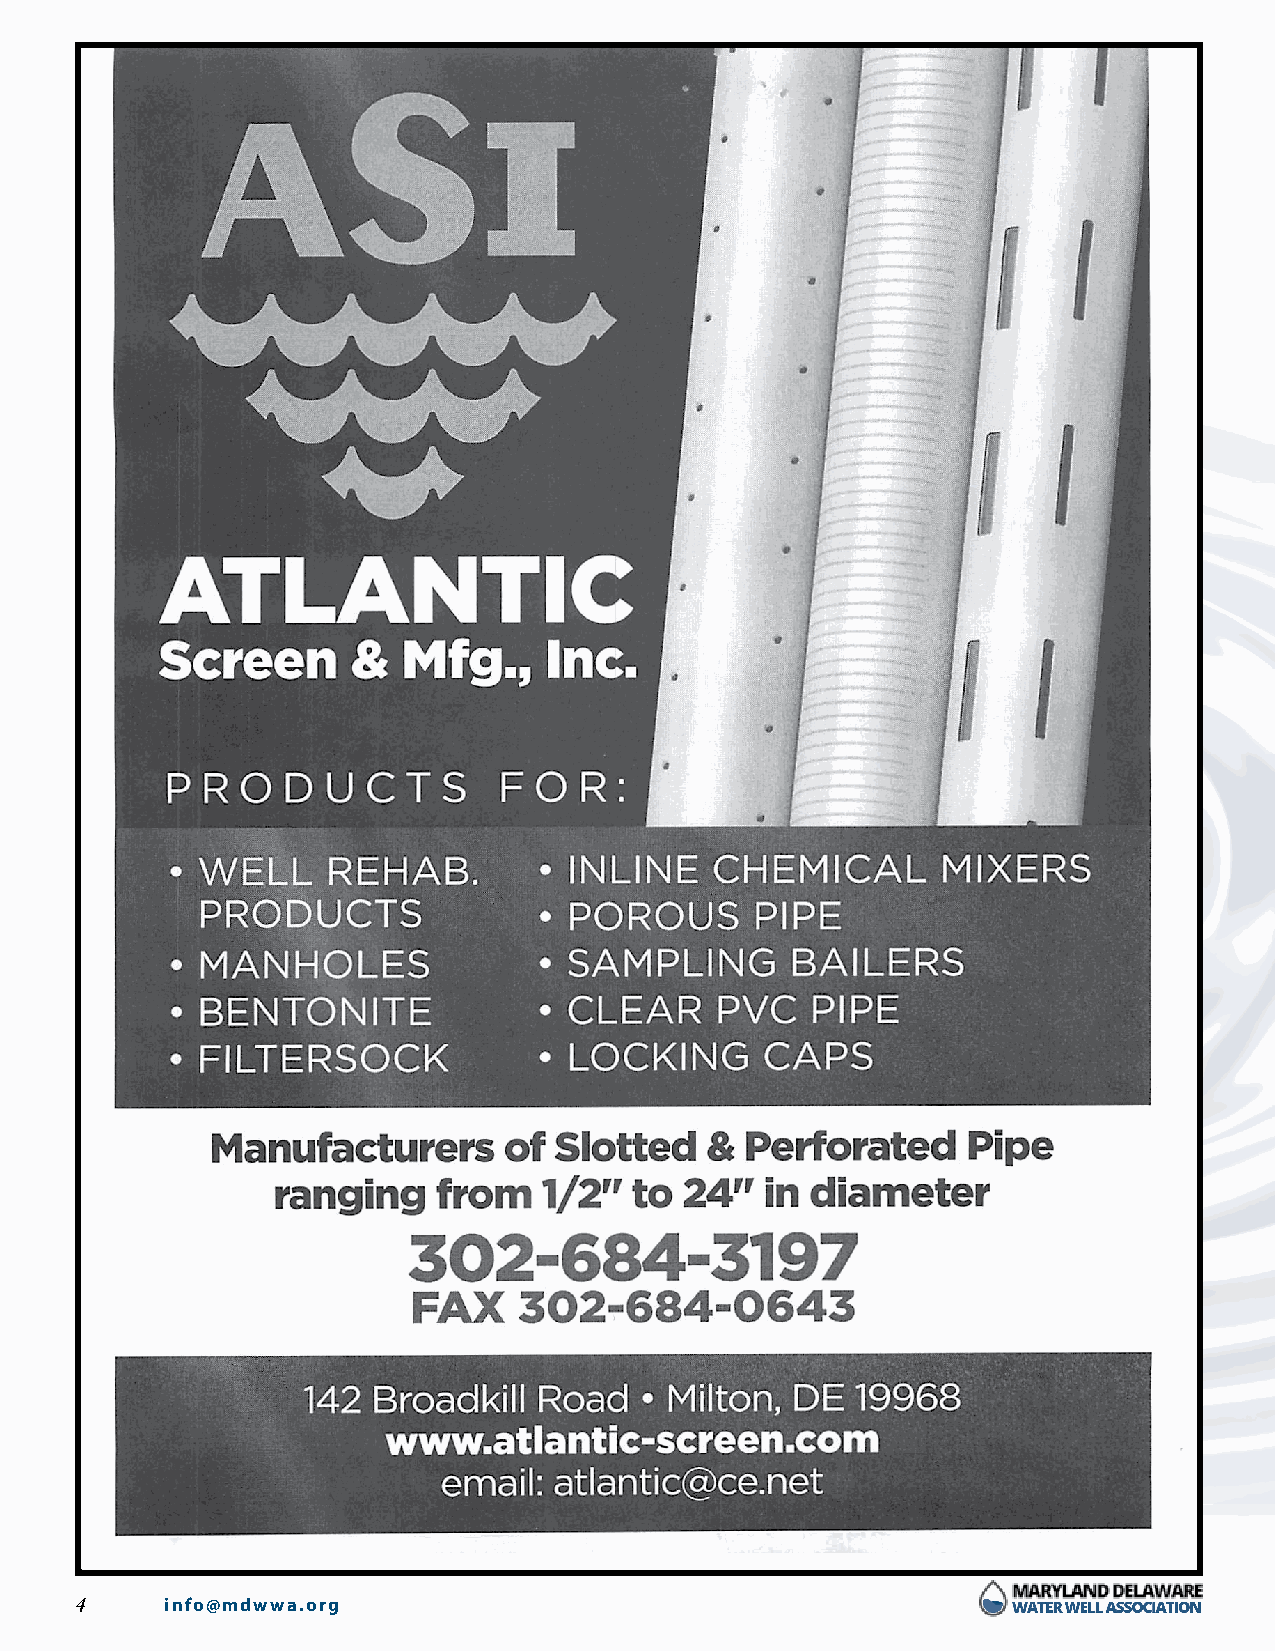
4     info@mdwwa.org
 mdwwa_wc20 x.indd 4                                                      12/19/2019 12:55:27 PM